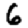
Digit: 6